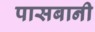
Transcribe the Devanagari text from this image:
पासबानी